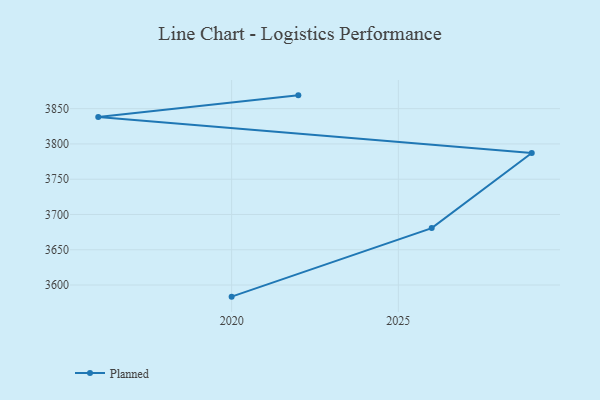
{"axis": {"x": "Year", "y": "Backlog"}, "legend": ["Planned"], "data": [{"x": "2022", "y": 3868.9, "type": "Planned"}, {"x": "2016", "y": 3838.3, "type": "Planned"}, {"x": "2029", "y": 3787.2, "type": "Planned"}, {"x": "2026", "y": 3680.7, "type": "Planned"}, {"x": "2020", "y": 3583.5, "type": "Planned"}]}